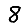
Digit: 8